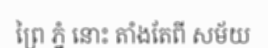
ព្រៃ ភ្នំ នោះ តាំងតែពី សម័យ